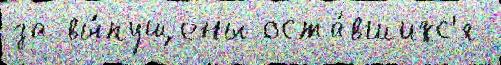
за вы́пущены оста́вшихс'я